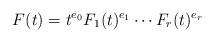
LaTeX: \begin{align*}F(t)=t^{e_{0}}F_{1}(t)^{e_{1}}\cdots F_{r}(t)^{e_{r}}\end{align*}